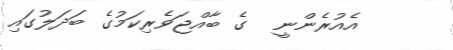
އެއުރެންނީ  ގެ ބާއްޖަވެރިކަމުގެ ބަދަލުގައި